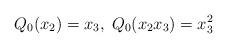
LaTeX: \begin{align*}Q_0(x_2)= x_3, \; Q_0(x_2 x_3) =x_3^2\end{align*}